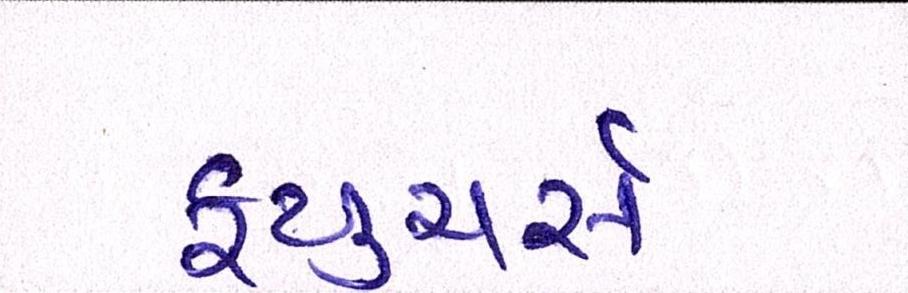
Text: ફ્યુચર્સ